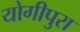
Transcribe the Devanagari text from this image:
योगीपुरा